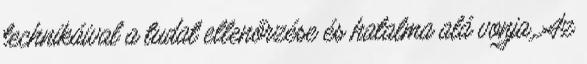
technikáival a tudat ellenőrzése és hatalma alá vonja. Az